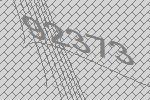
92373